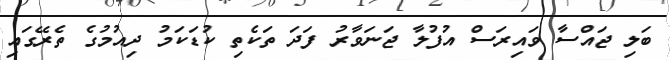
ބަލި ޖައްސާ ވައިރަސް އުފުލާ ޖަނަވާރު ފަދަ ތަކެތި ކުޑަކަމު ދިއުމުގެ ތެރޭގައި